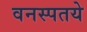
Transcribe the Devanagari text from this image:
वनस्पतये